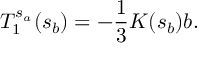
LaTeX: T _ { 1 } ^ { s _ { a } } ( s _ { b } ) = - { \frac { 1 } { 3 } } K ( s _ { b } ) b .